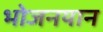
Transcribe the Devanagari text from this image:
भोजनयान